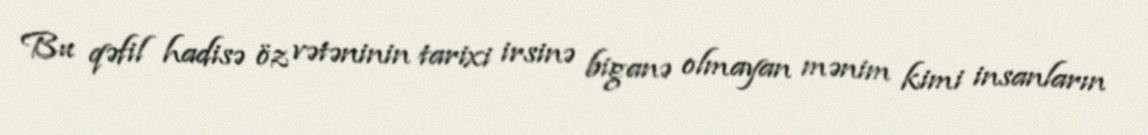
Bu qəfil hadisə öz vətəninin tarixi irsinə biganə olmayan mənim kimi insanların